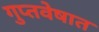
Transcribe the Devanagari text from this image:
गुप्तवेषात